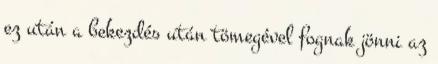
ez után a bekezdés után tömegével fognak jönni az